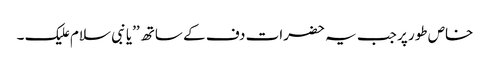
خاص طور پر جب یہ حضرات دف کے ساتھ ’’یا نبی سلام علیک ۔